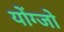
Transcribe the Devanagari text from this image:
योंग्जो